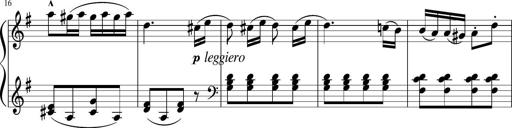
Title: 3 Sonatinen
Composer: Heinrich Lichner